Civil Veterinary Dept. Bombay admin report 1932-41 - 1932-1941
Year: 1932
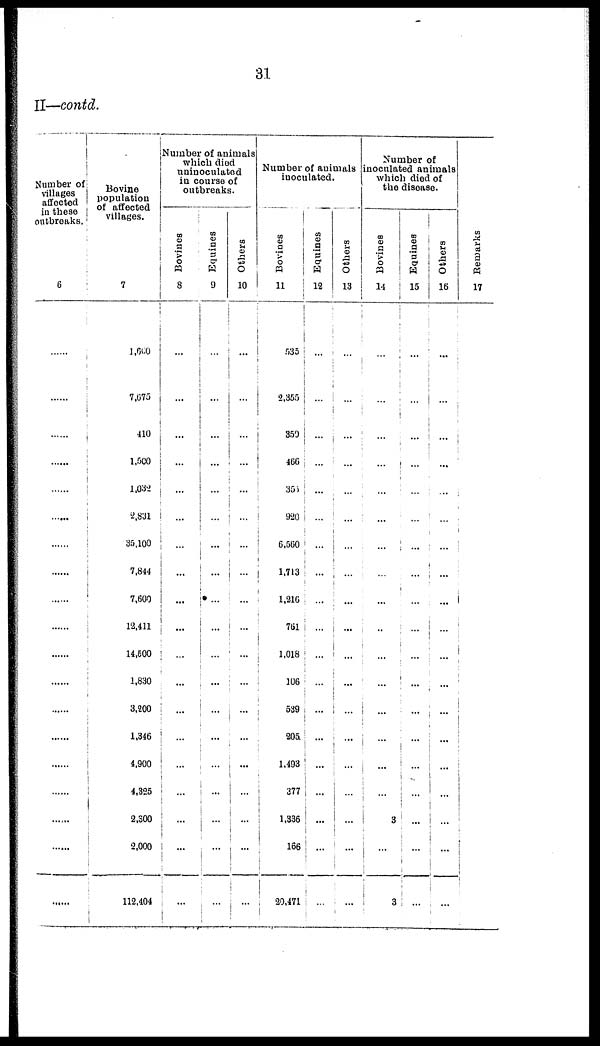
31
II—contd.
Number of
villages
affected
in these
outbreaks.
6
......
......
......
......
......
......
......
......
......
......
......
......
......
......
......
......
......
......
......
Bovine
population
of affected
villages.
7
1,600
7,675
410
1,500
1,032
2,831
35,100
7,844
7,600
12,411
14,500
1,830
3,200
1,346
4,900
4,325
2,300
2,000
112,404
Number of animals
which died
uninoculated
in course of
outbreaks.
Bovines
8
...
...
...
...
...
...
...
...
...
...
...
...
...
...
...
...
...
...
...
Equines
9
...
...
...
...
...
...
...
...
...
...
...
...
...
...
...
...
...
...
...
Others
10
...
...
...
...
...
...
...
...
...
...
...
...
...
...
...
...
...
...
...
Number of animals
inoculated.
Bovines
11
535
2,355
350
466
355
920
6,560
1,713
1,216
761
1,018
106
539
205
1,493
377
1,336
166
20,471
Equines
12
...
...
...
...
...
...
...
...
...
...
...
...
...
...
...
...
...
...
...
Others
13
...
...
...
...
...
...
...
...
...
...
...
...
...
...
...
...
...
...
...
Number of
inoculated animals
which died of
the disease.
Bovines
14
...
...
...
...
...
...
...
...
...
...
...
...
...
...
...
...
3
...
3
Equines
15
...
...
...
...
...
...
...
...
...
...
...
...
...
...
...
...
...
...
Others
16
...
...
...
...
...
...
...
...
...
...
...
...
...
...
...
...
...
...
...
Remarks
17